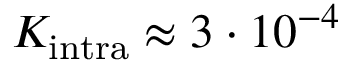
K _ { \mathrm { i n t r a } } \approx 3 \cdot 1 0 ^ { - 4 }